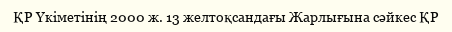
ҚР Үкіметінің 2000 ж. 13 желтоқсандағы Жарлығына сәйкес ҚР